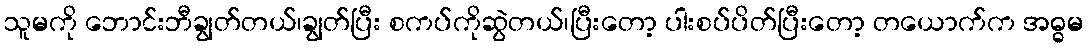
သူမကို ဘောင်းဘီချွတ်တယ်၊ချွတ်ပြီး စကပ်ကိုဆွဲတယ်၊ပြီးတော့ ပါးစပ်ပိတ်ပြီးတော့ တယောက်က အဓ္ဓမ